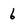
Character: 6